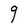
Character: g